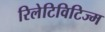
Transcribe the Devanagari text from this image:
रिलेटिविटिज्म